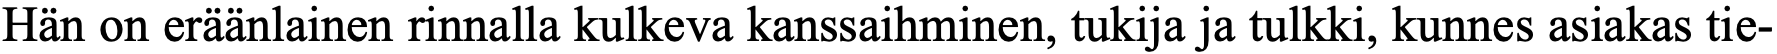
Hän on eräänlainen rinnalla kulkeva kanssaihminen, tukija ja tulkki, kunnes asiakas tie-